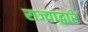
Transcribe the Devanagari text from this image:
राज्यांद्वारे